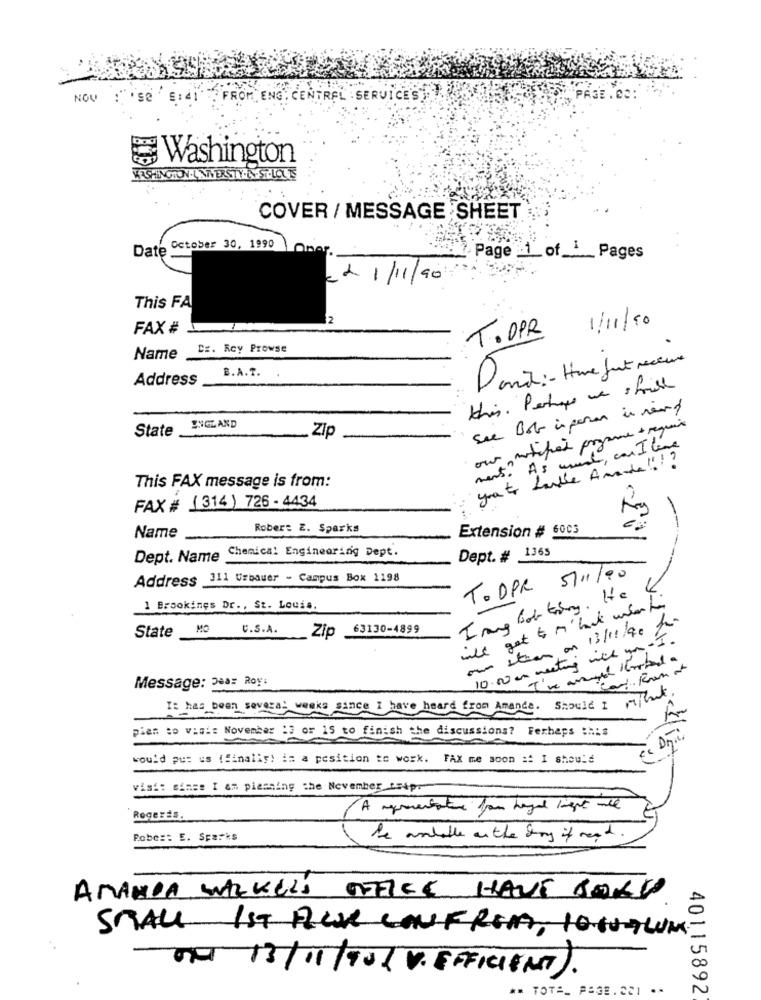
NOV
FROM ENG. CENTRAL SERVICES
Washington
COVER / MESSAGE SHEET
Date October 30, 1990
Oner
Page 1 of 1 Pages
21/11/90
This FA
2
FAX #
T.OPR 1/11/90
DE. Roy Prowse
Name
B.A.T.
Danit : - Home just mein
Address
this. Perhaps we should
Sie Bob ingeren in read
SYGLAND
State
Zip
our notified prozesse à require
ment . As usual , can I love
you to handle Amade ! ! ?
This FAX message is from:
FAX # (314) 726-4434
Robert E. Sparks
Extension # 60C3
Name
Dept. # 1365
Dept. Name Chemical Engineering Dept.
Address 311 Urbauer - Campus Box 1198
T. DPR 5/11/00
I rang bob ting. He
1 Brookings Dr ., St. Louis.
will get to M' lack under to
State
MO
C.S.A.
Zip
63130-4899
own stran on 13/11/90 fr
10.0 am meeting will u. I.
Message: Dear Roy:
It has been several weeks since I have heard from Amanda. Should I allak
pien to visit November :3 or 15 to finish the discussions? Ferheps :his
would put us (finally) in a position to work. FAX me soon :: I should
visi: since I am pleasing the November trip.
A resentatie your hagel light ml
Rogerés.
Pobe :: E. Sparks
he andalle on the day if read
AMANDA WACKEL'S OFFICE HAVE BORD
SMALL 1ST AUX COUFREA, 10.00TWUM
ON 13/11/20 1 V. EFFICIENT).
== TOTA_ PAGE.CCI .
40115892